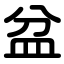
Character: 盆